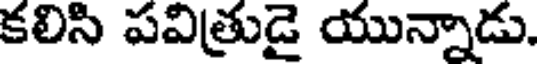
కలిసి పవిత్రుడై యున్నాడు.